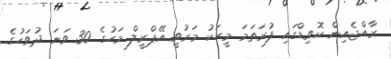
ރާއްޖެއިން ކޮވިޑްގައި ފުރަަަތަމަ މީހަކު މަރުވީ އޭޕްރީލް މަހުގެ 30 ވަނަ ދުވަހުގެ